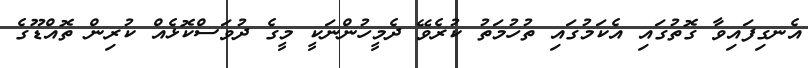
އެނގިފައިވާ ގޮތުގައި އެކަމުގައި ތުހުމަތު ކުރެވޭ ދެމީހުންނަކީ މީގެ ދުވަސްކޮޅެއް ކުރިން ތޮއްޑޫގެ